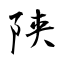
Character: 陕